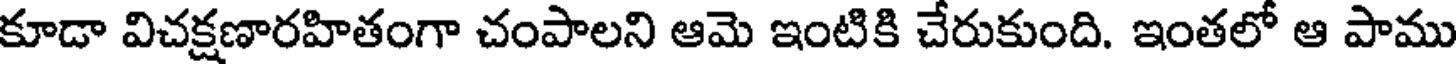
కూడా విచక్షణారహితంగా చంపాలని ఆమె ఇంటికి చేరుకుంది. ఇంతలో ఆ పాము